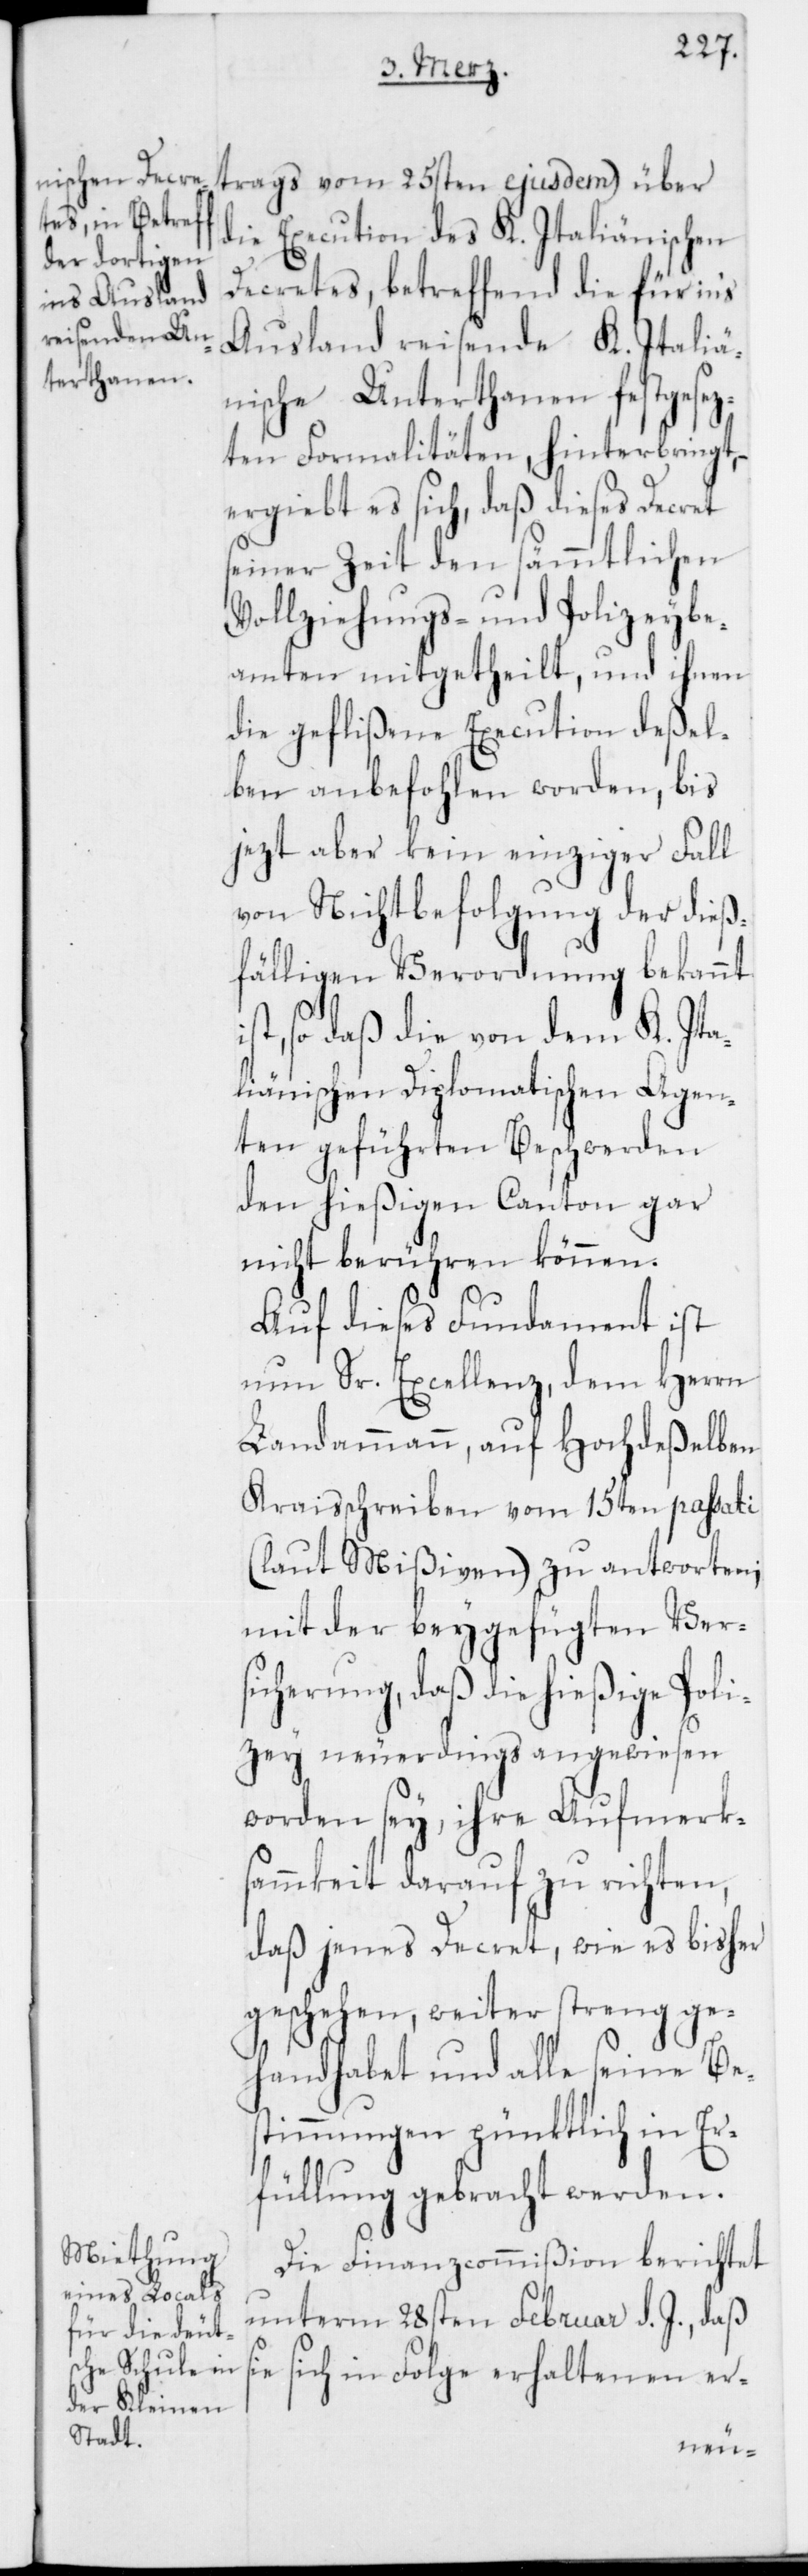
trags vom 25sten ejusdem) über
die Execution des K. Italiänischen
Decretes, betreffend die für in‘s
Ausland reisende K. Italiä¬
nische Unterthanen festgesez¬
ten Formalitäten, hinterbringt,
ergiebt es sich, daß dieses Decret
seiner Zeit den sämmtlichen
Vollziehungs- und Polizeybe¬
amten mitgetheilt, und ihnen
die geflißene Execution deßel¬
ben anbefohlen worden, bis
jezt aber kein einziger Fall
von Nichtbefolgung der dieß¬
fälligen Verordnung bekannt
so daß die von dem K. Ita¬
liänischen Diplomatischen Agen¬
ten geführten Beschwerden
den hießigen Canton gar
nicht berühren können.
Auf dieses Fundament ist
nun Sr. Excellenz, dem Herrn
Landammann, auf Hochdeßelben
Kraisschreiben vom 15ten passati
(laut Mißiven) zu antworten;
mit der beygefügten Ver¬
sicherung, daß die hießige Poli¬
zey neuerdings angewiesen
worden sey, ihre Aufmerks¬
ammkeit darauf zu richten,
daß jenes Decret, wie es bisher
geschehen, weiter streng ge¬
handhabet und alle seine Be¬
stimmungen pünktlich in Er¬
füllung gebracht werden.
Die Finanzcommißion berichtet
unterm 28sten Februar d. J., daß
sich in Folge erhaltenen er-